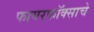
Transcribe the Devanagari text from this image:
फायरफॉक्साचे